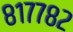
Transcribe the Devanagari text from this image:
८१७७८२